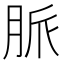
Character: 脈